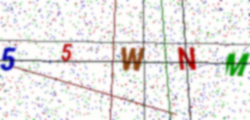
Text: 55WNM